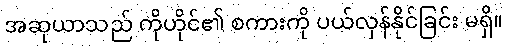
အဆုယာသည် ကိုဟိုင်၏ စကားကို ပယ်လှန်နိုင်ခြင်း မရှိ။